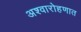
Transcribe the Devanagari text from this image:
अश्वारोहणात